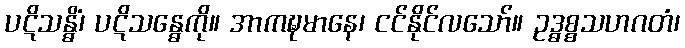
ပဋိသန္ဓိံ၊ ပဋိသန္ဓေကို။ အာကဍ္ဎမာနေ၊ ငင်နိုင်လသော်။ ဥဒ္ဓစ္စသဟဂတံ၊